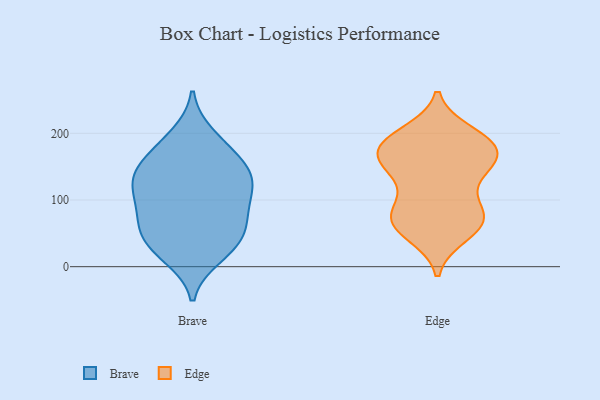
{"axis": {"x": "Energy Usage (MWh)", "y": "Value"}, "legend": ["Brave", "Edge"], "data": [{"x": "", "y": 113, "type": "Brave"}, {"x": "", "y": 142, "type": "Brave"}, {"x": "", "y": 130, "type": "Brave"}, {"x": "", "y": 78, "type": "Brave"}, {"x": "", "y": 134, "type": "Brave"}, {"x": "", "y": 42, "type": "Brave"}, {"x": "", "y": 25, "type": "Brave"}, {"x": "", "y": 89, "type": "Brave"}, {"x": "", "y": 114, "type": "Brave"}, {"x": "", "y": 196, "type": "Brave"}, {"x": "", "y": 71, "type": "Brave"}, {"x": "", "y": 38, "type": "Brave"}, {"x": "", "y": 56, "type": "Brave"}, {"x": "", "y": 165, "type": "Brave"}, {"x": "", "y": 180, "type": "Brave"}, {"x": "", "y": 16, "type": "Brave"}, {"x": "", "y": 143, "type": "Brave"}, {"x": "", "y": 129, "type": "Edge"}, {"x": "", "y": 76, "type": "Edge"}, {"x": "", "y": 73, "type": "Edge"}, {"x": "", "y": 192, "type": "Edge"}, {"x": "", "y": 163, "type": "Edge"}, {"x": "", "y": 157, "type": "Edge"}, {"x": "", "y": 77, "type": "Edge"}, {"x": "", "y": 52, "type": "Edge"}, {"x": "", "y": 142, "type": "Edge"}, {"x": "", "y": 69, "type": "Edge"}, {"x": "", "y": 185, "type": "Edge"}, {"x": "", "y": 181, "type": "Edge"}, {"x": "", "y": 156, "type": "Edge"}, {"x": "", "y": 183, "type": "Edge"}, {"x": "", "y": 185, "type": "Edge"}, {"x": "", "y": 70, "type": "Edge"}, {"x": "", "y": 95, "type": "Edge"}, {"x": "", "y": 200, "type": "Edge"}, {"x": "", "y": 154, "type": "Edge"}, {"x": "", "y": 48, "type": "Edge"}]}